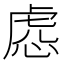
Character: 𧆹